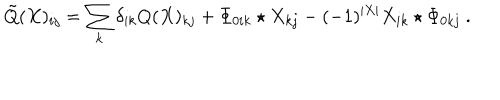
LaTeX: \tilde { Q } ( X ) _ { i j } = \sum _ { k } \delta _ { i k } Q ( X ) _ { k j } + \Phi _ { 0 i k } \star X _ { k j } - ( - 1 ) ^ { | X | } X _ { i k } \star \Phi _ { 0 k j } \ .